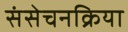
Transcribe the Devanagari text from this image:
संसेचनक्रिया